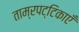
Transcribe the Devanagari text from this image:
ताम्रपट्टिकाएँ